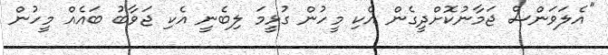
"އެލަވަންސް ޖަމާނުކޮށްދީގެން އެކި މީހުން ގުޅީމަ ލިބެނީ އެކި ޖަވާބު ބައެއް މީހުން